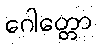
ဂေါတ္တော